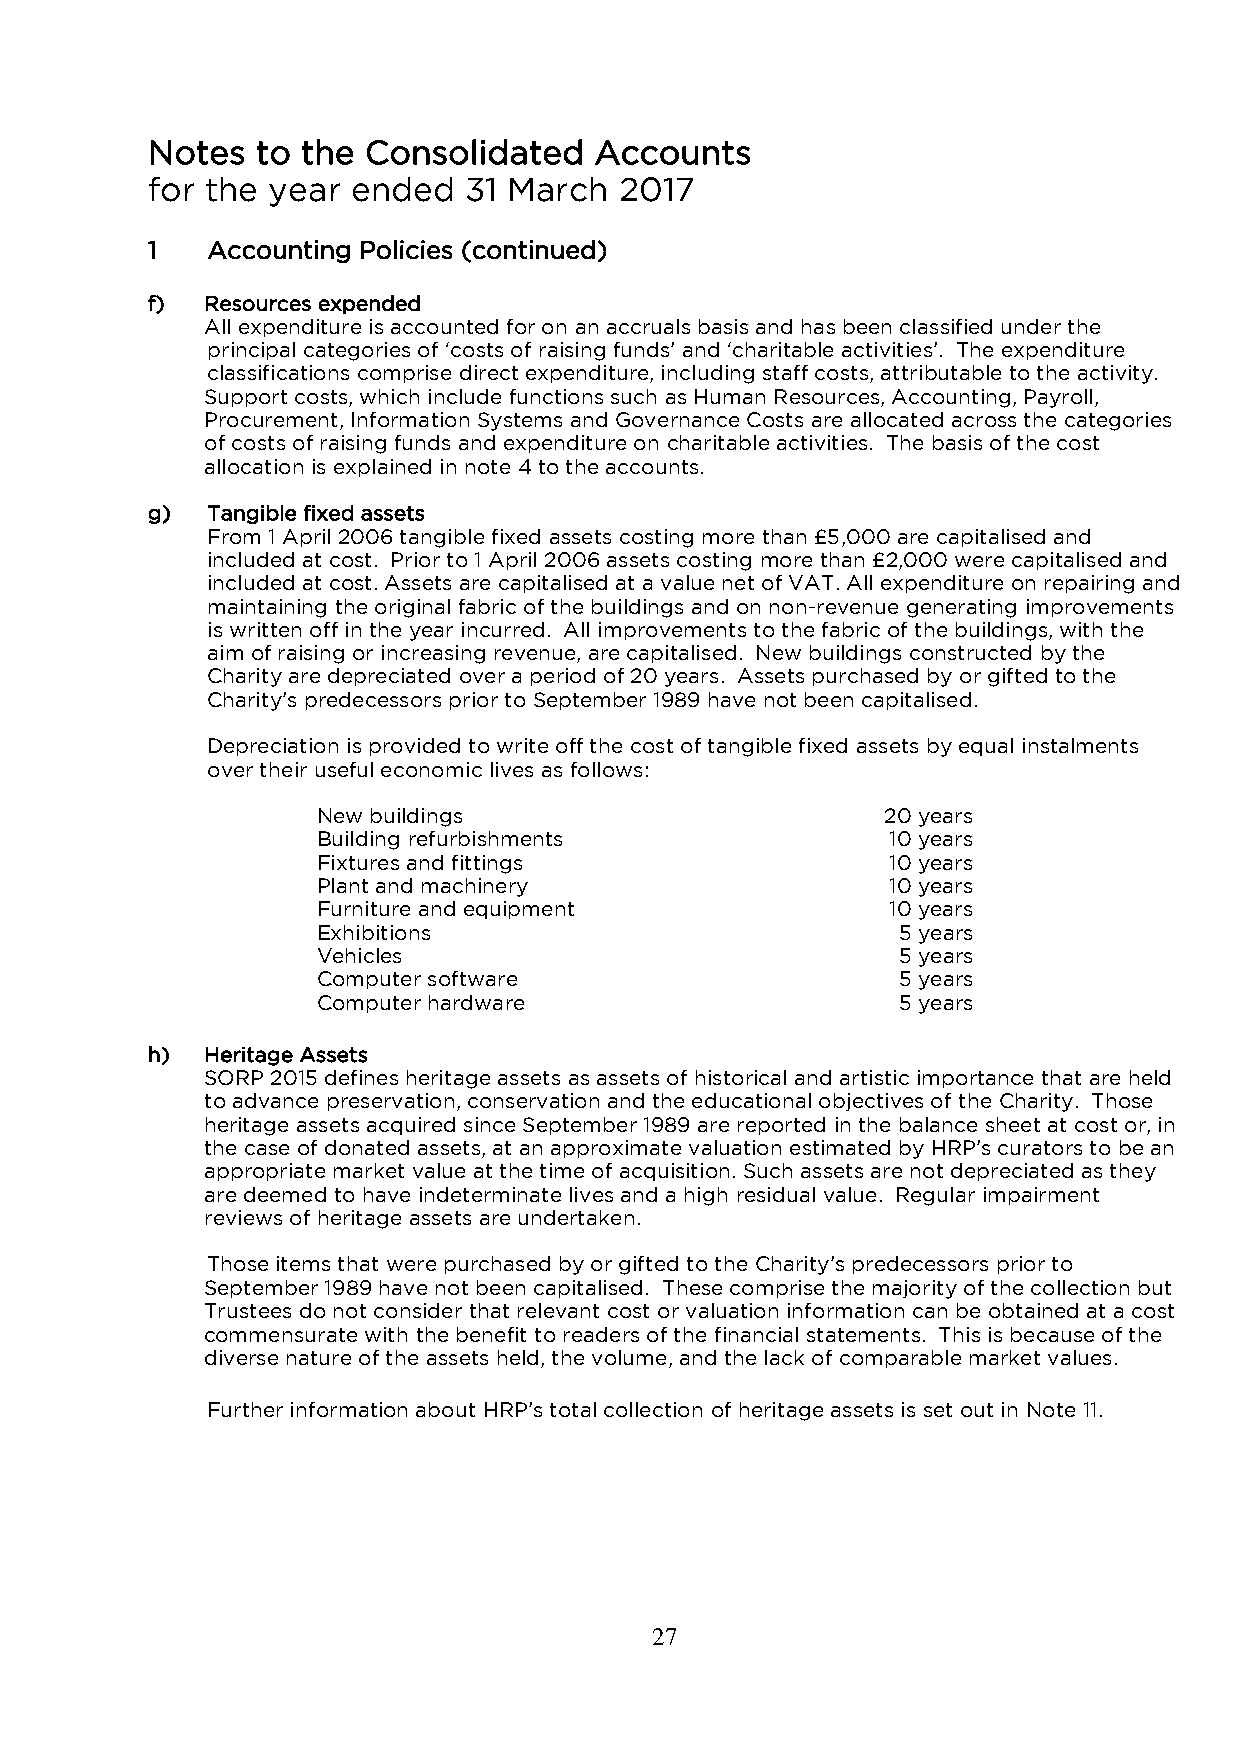
Notes  to the Consolidated   Accounts
 for the year ended   31 March  2017
 1   Accounting Policies (continued)
 f)  Resources expended
 All expenditure is accounted for on an accruals basis and has been classified under the
 principal categories of ‘costs of raising funds’ and ‘charitable activities’. The expenditure
 classifications comprise direct expenditure, including staff costs, attributable to the activity.
 Support costs, which include functions such as Human Resources, Accounting, Payroll,
 Procurement, Information Systems and Governance Costs are allocated across the categories
 of costs of raising funds and expenditure on charitable activities. The basis of the cost
 allocation is explained in note 4 to the accounts.
 g)  Tangible fixed assets
 From 1 April 2006 tangible fixed assets costing more than £5,000 are capitalised and
 included at cost. Prior to 1 April 2006 assets costing more than £2,000 were capitalised and
 included at cost. Assets are capitalised at a value net of VAT. All expenditure on repairing and
 maintaining the original fabric of the buildings and on non-revenue generating improvements
 is written off in the year incurred. All improvements to the fabric of the buildings, with the
 aim of raising or increasing revenue, are capitalised. New buildings constructed by the
 Charity are depreciated over a period of 20 years. Assets purchased by or gifted to the
 Charity’s predecessors prior to September 1989 have not been capitalised.
 Depreciation is provided to write off the cost of tangible fixed assets by equal instalments
 over their useful economic lives as follows:
 New buildings                         20 years
 Building refurbishments               10 years
 Fixtures and fittings                 10 years
 Plant and machinery                   10 years
 Furniture and equipment               10 years
 Exhibitions                           5 years
 Vehicles                              5 years
 Computer software                     5 years
 Computer hardware                     5 years
 h)  Heritage Assets
 SORP 2015 defines heritage assets as assets of historical and artistic importance that are held
 to advance preservation, conservation and the educational objectives of the Charity. Those
 heritage assets acquired since September 1989 are reported in the balance sheet at cost or, in
 the case of donated assets, at an approximate valuation estimated by HRP’s curators to be an
 appropriate market value at the time of acquisition. Such assets are not depreciated as they
 are deemed to have indeterminate lives and a high residual value. Regular impairment
 reviews of heritage assets are undertaken.
 Those items that were purchased by or gifted to the Charity’s predecessors prior to
 September 1989 have not been capitalised. These comprise the majority of the collection but
 Trustees do not consider that relevant cost or valuation information can be obtained at a cost
 commensurate with the benefit to readers of the financial statements. This is because of the
 diverse nature of the assets held, the volume, and the lack of comparable market values.
 Further information about HRP’s total collection of heritage assets is set out in Note 11.
 27